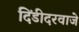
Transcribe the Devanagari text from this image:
दिंडीदरवाजे